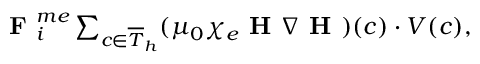
\begin{array} { r } { \textbf { F } _ { i } ^ { m e } \sum _ { c \in \overline { { T } } _ { h } } ( \mu _ { 0 } \chi _ { e } \textbf { H } \nabla \textbf { H } ) ( c ) \cdot V ( c ) , } \end{array}